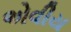
એવીય